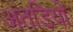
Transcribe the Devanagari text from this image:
अंतडियों